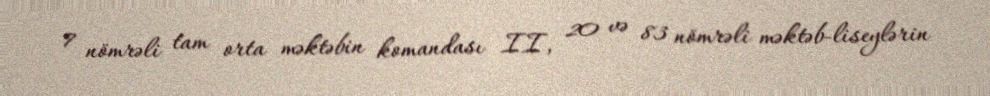
7 nömrəli tam orta məktəbin komandası II, 20 və 83 nömrəli məktəb-liseylərin